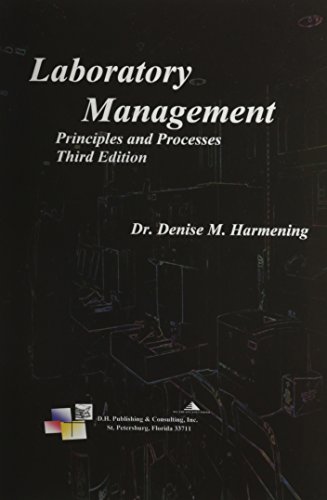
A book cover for Laboratory Management, Principles and Processes, Third Edition; Dr. Denise M. Harmening; Medical Books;